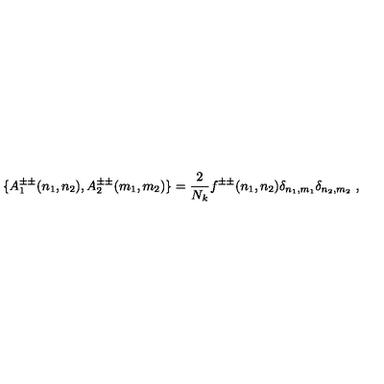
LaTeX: \{ A _ { 1 } ^ { \pm \pm } ( n _ { 1 } , n _ { 2 } ) , A _ { 2 } ^ { \pm \pm } ( m _ { 1 } , m _ { 2 } ) \} = \frac { 2 } { N _ { k } } f ^ { \pm \pm } ( n _ { 1 } , n _ { 2 } ) \delta _ { n _ { 1 } , m _ { 1 } } \delta _ { n _ { 2 } , m _ { 2 } } \ ,